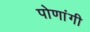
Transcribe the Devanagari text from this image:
पोणांगी